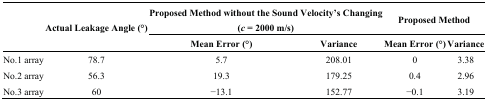
| <ROWSPAN=2>  | <ROWSPAN=2> Actual Leakage Angle (°) | <COLSPAN=2> Proposed Method without the Sound Velocity’s Changing (c = 2000 m/s) | <COLSPAN=2> Proposed Method |
 | Mean Error (°) | Variance | Mean Error (°) | Variance |
 | --- | --- | --- | --- | --- | --- |
 | No.1 array | 78.7 | 5.7 | 208.01 | 0 | 3.38 |
 | No.2 array | 56.3 | 19.3 | 179.25 | 0.4 | 2.96 |
 | No.3 array | 60 | −13.1 | 152.77 | −0.1 | 3.19 |